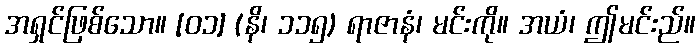
အရှင်ဖြစ်သော။ [၀၁] (နိ၊ ၁၁၅) ရာဇာနံ၊ မင်းကို။ အယံ၊ ဤမင်းည်။